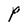
Character: P